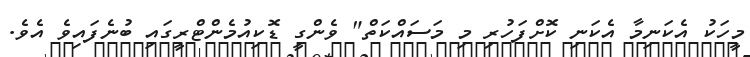
މީހަކު އެކަނިމާ އެކަނި ކޮށްފަހުރި މި މަސައްކަތް" ވެންގީ ޑޮކިއުމެންޓްރީގައި ބުނެފައިވެ އެވެ.